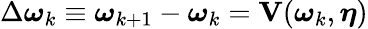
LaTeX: \Delta\boldsymbol{\omega}_{k}\equiv\boldsymbol{\omega}_{k+1}-\boldsymbol{\omega}_{k}=\mathbf{V}(\boldsymbol{\omega}_{k},\boldsymbol{\eta})